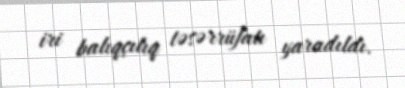
iri balıqçılıq təsərrüfatı yaradıldı.